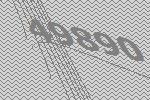
49890